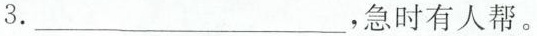
3.___，急时有人帮。